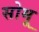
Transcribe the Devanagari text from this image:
सोमू